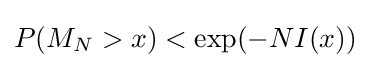
P(M_{N}>x)<\exp(-NI(x))